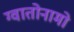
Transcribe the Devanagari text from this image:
ग्वातोनामो